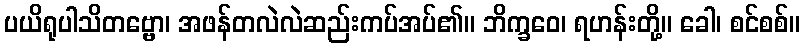
ပယိရုပါသိတဗ္ဗော၊ အဖန်တလဲလဲဆည်းကပ်အပ်၏။ ဘိက္ခဝေ၊ ရဟန်းတို့။ ခေါ၊ စင်စစ်။